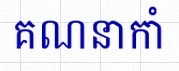
គណនាកាំ